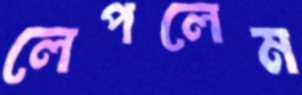
লেপলেম